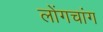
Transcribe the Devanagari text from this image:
लोंगचांग